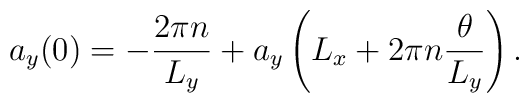
a_y(0)=-\frac{2\pi n}{L_y}+a_y\left(L_x+2\pi n\frac{\theta}{L_y}\right).